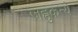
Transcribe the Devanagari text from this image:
जह्नुकन्ये